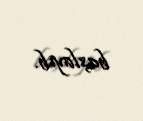
başlayıb.